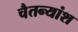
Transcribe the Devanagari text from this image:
चैतन्यांश